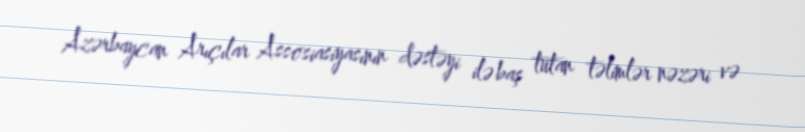
Azərbaycan Arıçılar Assosiasiyasının dəstəyi ilə baş tutan təlimlər nəzəri və